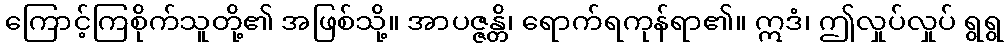
ကြောင့်ကြစိုက်သူတို့၏ အဖြစ်သို့။ အာပဇ္ဇန္တိ၊ ရောက်ရကုန်ရာ၏။ ဣဒံ၊ ဤလှုပ်လှုပ် ရွရွ